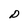
Character: D